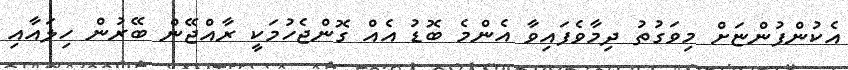
އެކުންފުންޏަށް މިވަގުތު ދިމާވެފައިވާ އެންމެ ބޮޑު އެއް ގޮންޖެހުމަކީ ރާއްޖޭން ބޭރުން ހިލައާއި